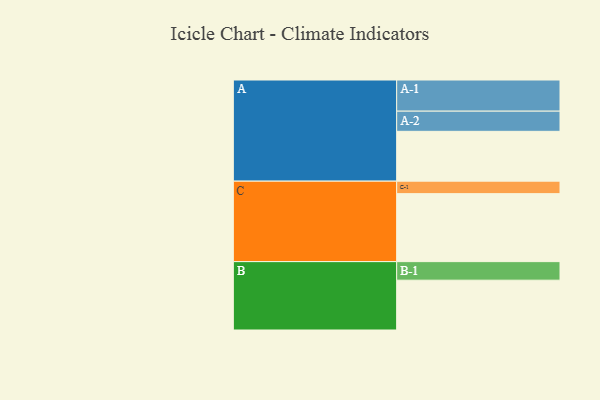
{"axis": {"x": "Segment", "y": "Value"}, "legend": ["", "A", "B", "C"], "data": [{"x": "A", "y": 395, "type": ""}, {"x": "B", "y": 395, "type": ""}, {"x": "C", "y": 539, "type": ""}, {"x": "A-1", "y": 247, "type": "A"}, {"x": "A-2", "y": 160, "type": "A"}, {"x": "B-1", "y": 147, "type": "B"}, {"x": "C-1", "y": 99, "type": "C"}]}